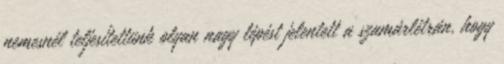
nemesnél teljesítettünk olyan nagy lépést jelentett a szamárlétrán, hogy